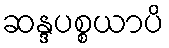
ဆန္ဒပစ္စယာပိ